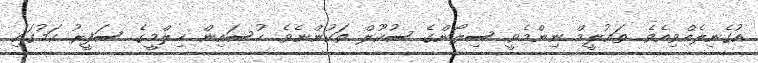
އުގެނިލެއްވިއެވެ. ތަޢުލީމް ނިންމެވީ ސިލޯންގެ ސުކޫލް ތަކުންނެވެ. ހުސައިން ޙިލްމީގެ ސަފީރު ކަމުގައި